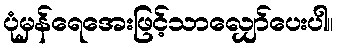
ပုံမှန်ရေအေးဖြင့်သာလျှော်ပေးပါ။